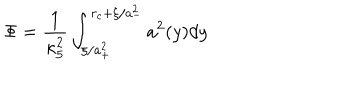
\Phi = \frac { 1 } { \kappa _ { 5 } ^ { 2 } } \int _ { \xi / a _ { + } ^ { 2 } } ^ { r _ { c } + \xi / a _ { - } ^ { 2 } } a ^ { 2 } ( y ) d y